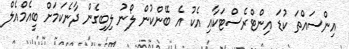
އިންސައްތަ ކުޑަ އިންޓްރެސްޓަކާއި އެކު އެ ބޭންކުން ލޯނު ލިބިގެން ދާނެކަމަށް ބީއެމްއެލް